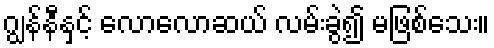
ဂျွန်နီနှင့် လောလောဆယ် လမ်းခွဲ၍ မဖြစ်သေး။